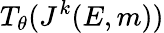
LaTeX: T_{\theta}(J^{k}(E,m))